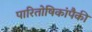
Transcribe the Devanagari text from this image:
पारितोषिकांपैकी